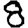
Digit: 8